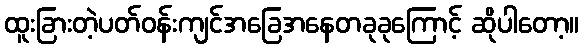
ထူးခြားတဲ့ပတ်ဝန်းကျင်အခြေအနေတခုခုကြောင့် ဆိုပါတော့။